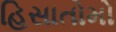
હિસાતોમો